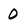
Character: O